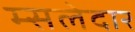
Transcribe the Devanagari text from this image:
म्सलेदार